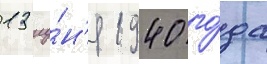
13 иу́н'я 1940 го́да